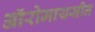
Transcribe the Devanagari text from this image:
ऑरोमायसीन